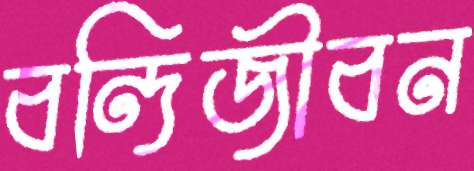
বন্দিজীবন